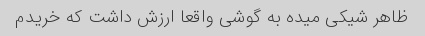
ظاهر شیکی میده به گوشی واقعا ارزش داشت که خریدم